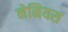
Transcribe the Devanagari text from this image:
नेनियस